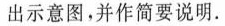
出示意图，并作简要说明。